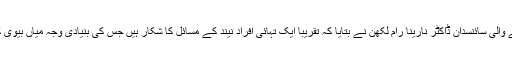
نیند پر تحقیق کرنے والی سائنسدان ڈاکٹر نارینا رام لکھن نے بتایا کہ تقریباً ایک تہائی افراد نیند کے مسائل کا شکار ہیں جس کی بنیادی وجہ میاں بیوی کا اکٹھے سونا ہے۔